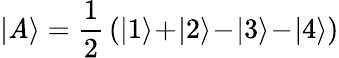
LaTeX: |\mathit{A}\rangle=\frac{{1}}{{2}}\, (|1\rangle\! +\! |2\rangle\! -\! |3\rangle\! -\! |4\rangle)